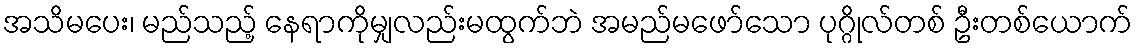
အသိမပေး၊ မည်သည့် နေရာကိုမျှလည်းမထွက်ဘဲ အမည်မဖော်သော ပုဂ္ဂိုလ်တစ် ဦးတစ်ယောက်